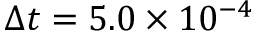
\Delta t = 5 . 0 \times 1 0 ^ { - 4 }